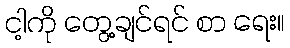
ငါ့ကို တွေ့ချင်ရင် စာ ရေး။